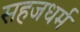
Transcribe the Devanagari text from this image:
सहजधर्म